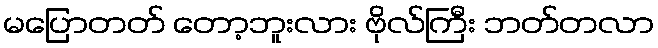
မပြောတတ် တော့ဘူးလား ဗိုလ်ကြီး ဘတ်တလာ